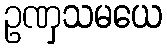
ဥဏှသမယေ